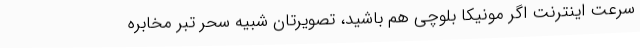
سرعت اینترنت اگر مونیکا بلوچی هم باشید، تصویرتان شبیه سحر تبر مخابره